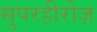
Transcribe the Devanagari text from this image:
सुपरहीरोज़